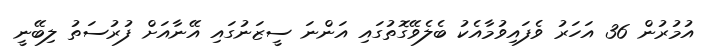
އުމުރުން 36 އަހަރު ވެފައިވުމާއެކު ބެލެވޭގޮތުގައި އަންނަ ސީޒަނުގައި އޭނާއަށް ފުރުސަތު ލިބޭނީ